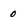
Character: o